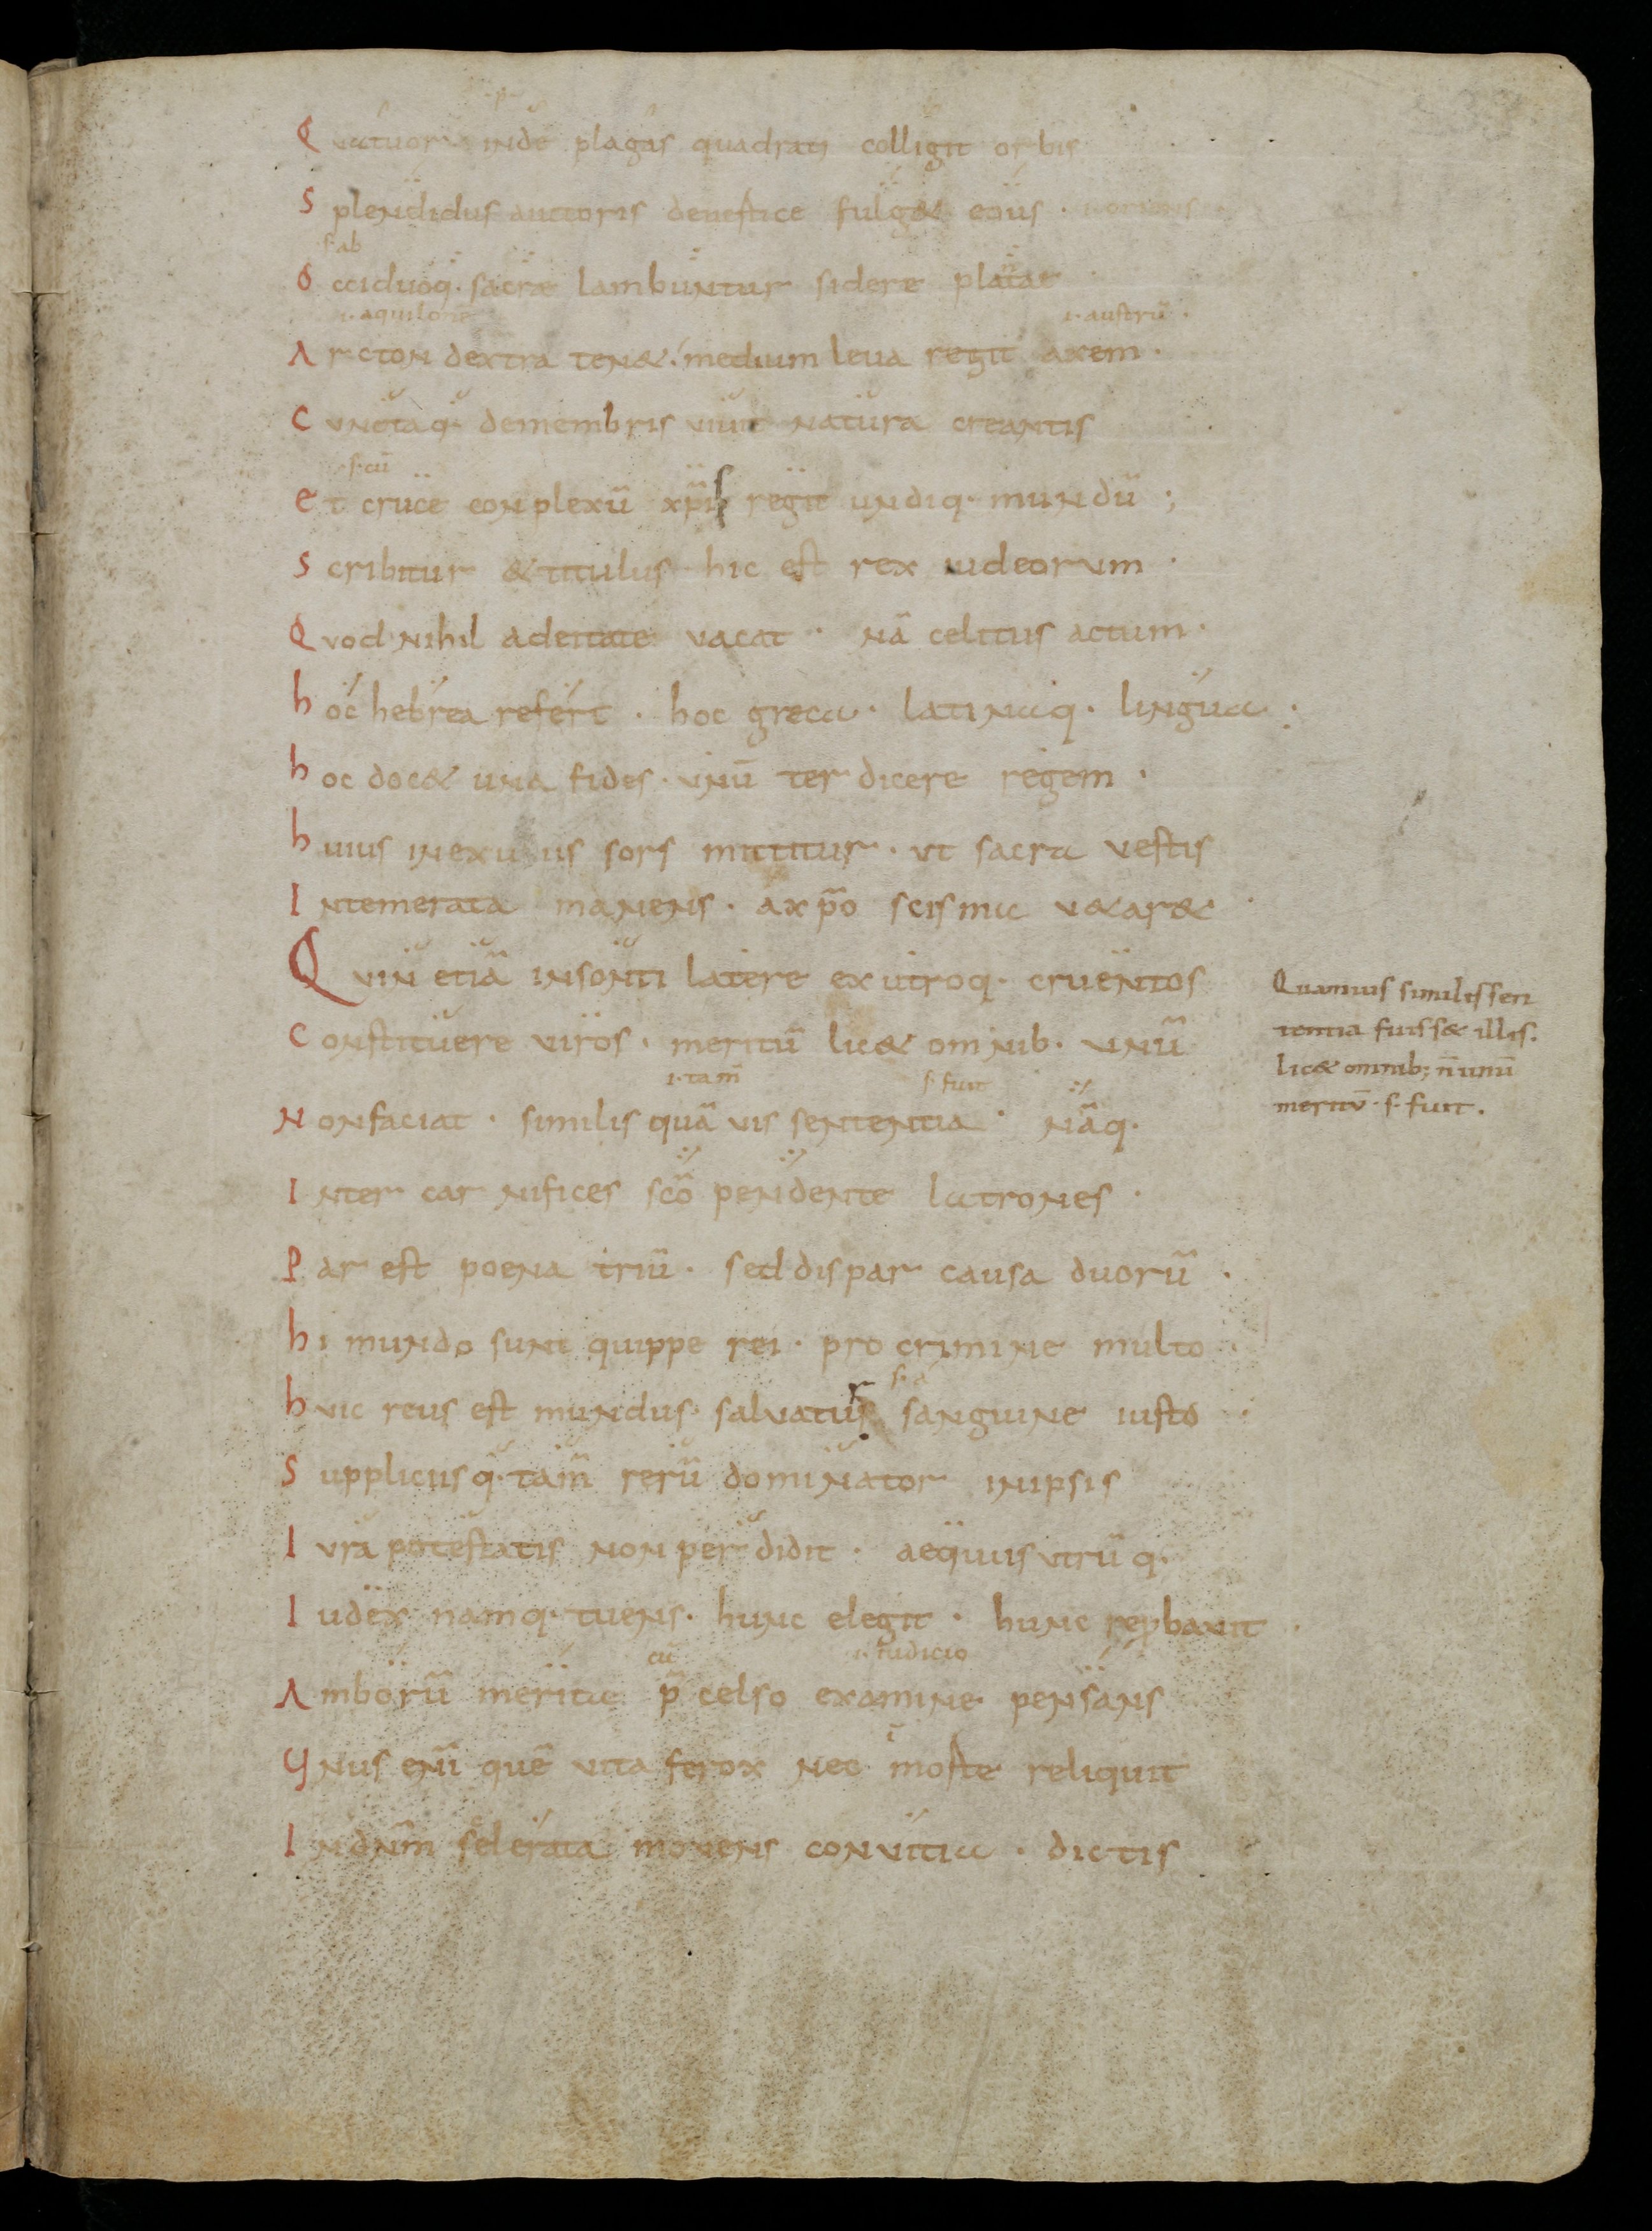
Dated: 900–999